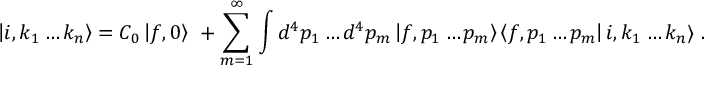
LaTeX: \left| i , k _ { 1 } \ldots k _ { n } \right\rangle = C _ { 0 } \left| f , 0 \right\rangle \ + \sum _ { m = 1 } ^ { \infty } \int { d ^ { 4 } p _ { 1 } \ldots d ^ { 4 } p _ { m } \left| f , p _ { 1 } \ldots p _ { m } \right\rangle } \left\langle f , p _ { 1 } \ldots p _ { m } \right| i , k _ { 1 } \ldots k _ { n } \rangle ~ .